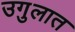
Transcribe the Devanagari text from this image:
उगुलात